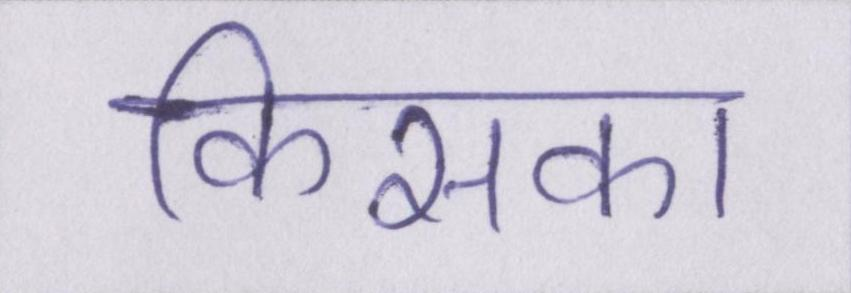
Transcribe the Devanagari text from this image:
किसका